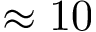
\approx 1 0